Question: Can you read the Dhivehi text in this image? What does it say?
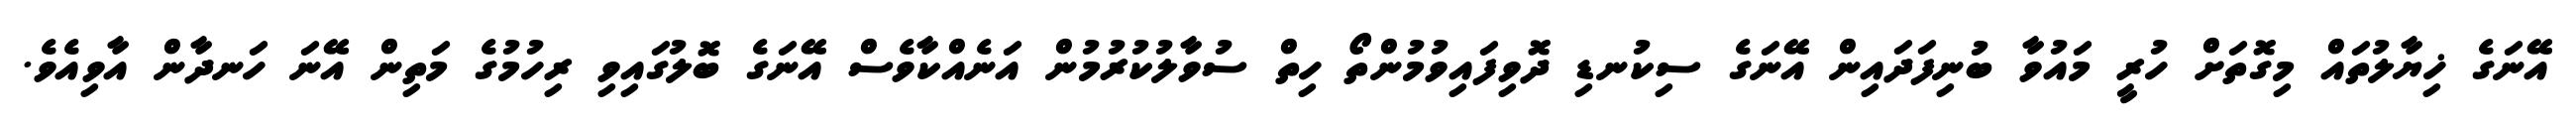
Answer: އޭނަގެ ޚިޔާލުތައް މިގޮތަށް ހުރީ މައުވާ ބުނިފަދައިން އޭނަގެ ސިކުނޑި ދޮވިފައިވުމުންތޯ ހިތް ސުވާލުކުރުމުން އަނެއްކާވެސް އޭނަގެ ބޮލުގައިވި ރިހުމުގެ މަތިން އޭނަ ހަނދާން އާވިއެވެ.